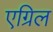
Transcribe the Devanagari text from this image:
एग्रिल